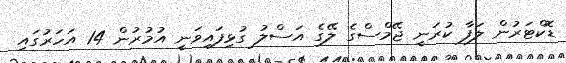
ޑޮކްޓަރުން ލަފާ ކުރަނީ ޖޭމްސްގެ ލޭގެ އަސްލު ގުޅިފައިވަނީ އުމުރުން 14 އަހަރުގައި